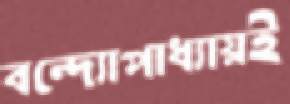
বন্দ্যোপাধ্যায়ই